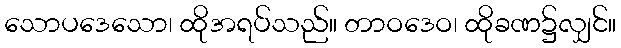
သောပဒေသော၊ ထိုအရပ်သည်။ တာဝဒေဝ၊ ထိုခဏ၌လျှင်။